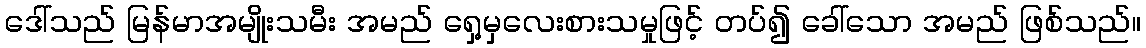
ဒေါ်သည် မြန်မာအမျိုးသမီး အမည် ရှေ့မှလေးစားသမှုဖြင့် တပ်၍ ခေါ်သော အမည် ဖြစ်သည်။